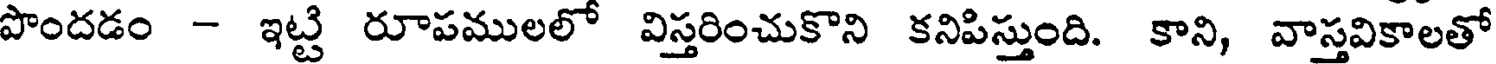
పొందడం - ఇట్టి రూపములలో విస్తరించుకొని కనిపిస్తుంది. కాని, వాస్తవికాలతో